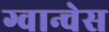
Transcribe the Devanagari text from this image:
ग्वान्चेस